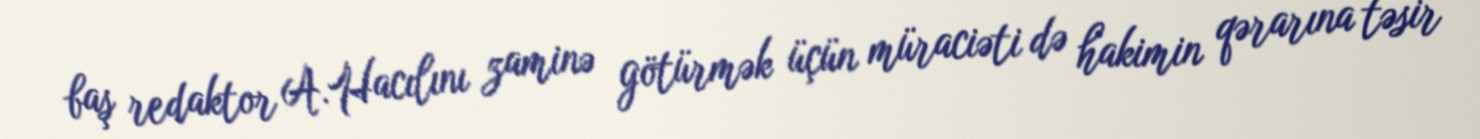
baş redaktor A.Hacılını zaminə götürmək üçün müraciəti də hakimin qərarına təsir